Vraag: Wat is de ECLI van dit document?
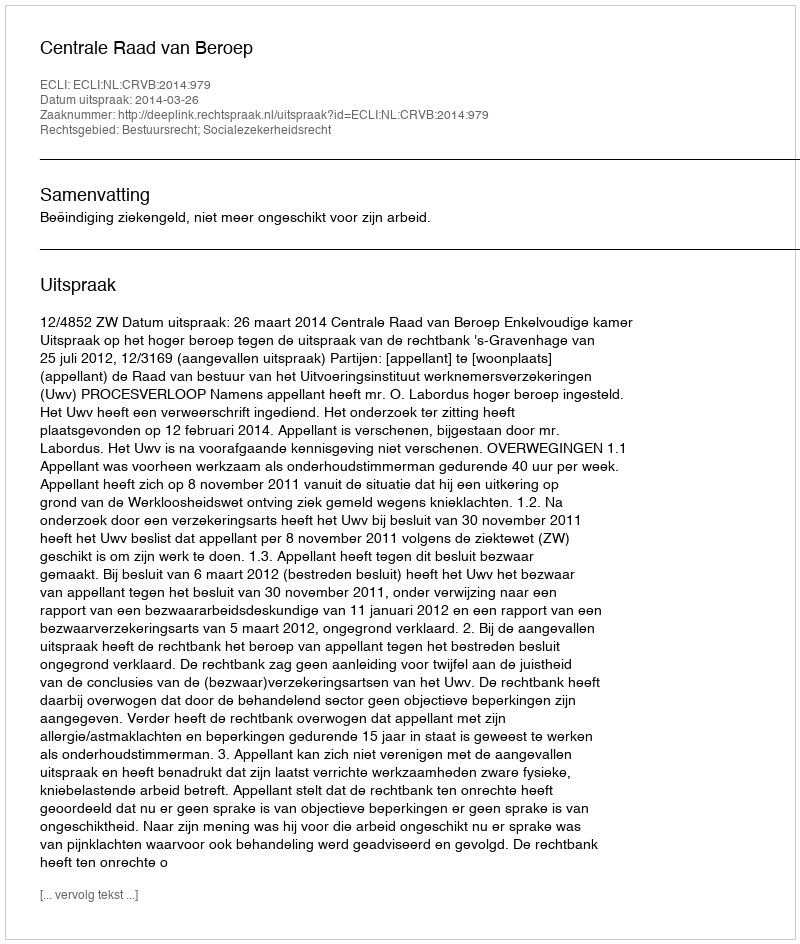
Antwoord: ECLI:NL:CRVB:2014:979